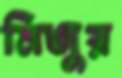
মিজুর